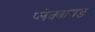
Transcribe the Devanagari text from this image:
प्लेक्वायड